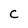
Character: C